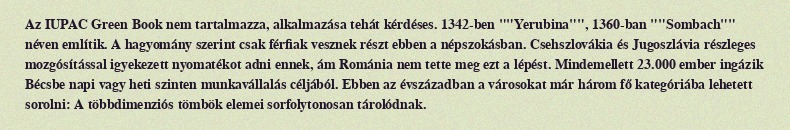
Az IUPAC Green Book nem tartalmazza, alkalmazása tehát kérdéses. 1342-ben ""Yerubina"", 1360-ban ""Sombach"" néven említik. A hagyomány szerint csak férfiak vesznek részt ebben a népszokásban. Csehszlovákia és Jugoszlávia részleges mozgósítással igyekezett nyomatékot adni ennek, ám Románia nem tette meg ezt a lépést. Mindemellett 23.000 ember ingázik Bécsbe napi vagy heti szinten munkavállalás céljából. Ebben az évszázadban a városokat már három fő kategóriába lehetett sorolni: A többdimenziós tömbök elemei sorfolytonosan tárolódnak.